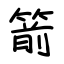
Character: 箭